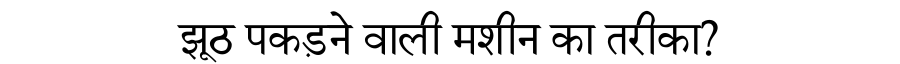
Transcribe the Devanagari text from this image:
झूठ पकड़ने वाली मशीन का तरीका?